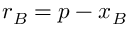
{ \boldsymbol { r } } _ { B } = { \boldsymbol { p } } - { \boldsymbol { x } } _ { B }